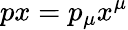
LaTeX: px=p_{\mu}x^{\mu}